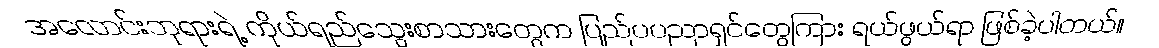
အလောင်းဘုရားရဲ့ ကိုယ်ရည်သွေးစာသားတွေက ပြည်ပပညာရှင်တွေကြား ရယ်ဖွယ်ရာ ဖြစ်ခဲ့ပါတယ်။